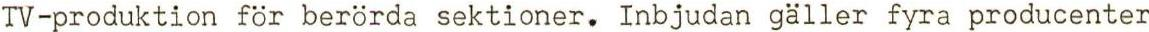
TV-produktion för berörda sektioner. Inbjudan gäller fyra producenter